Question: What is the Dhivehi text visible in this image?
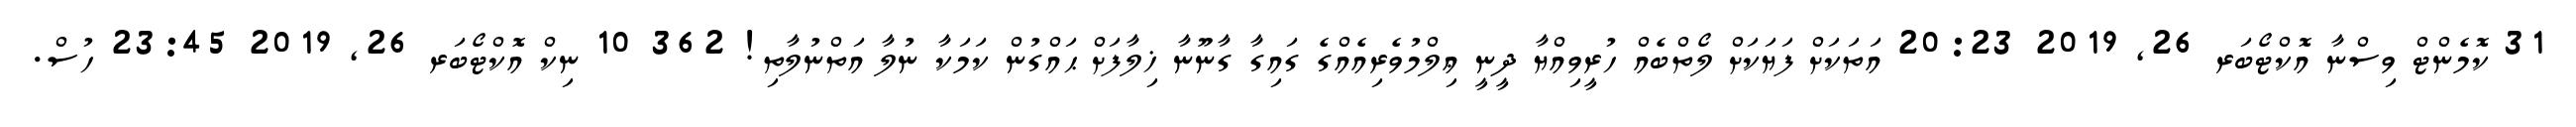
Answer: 31 ކޮމެންޓް ވިސްނާ އޮކްޓޯބަރ 26, 2019 20:23 އަތަކަށް ފަޔަކަށް ލޯތްބެއް ހުރީވިއްޔާ ދީނީ ޢިލްމުވެރިއެއްގެ ގައިގާ ގާނޫނާ ޚިލާފަށް ޙައްގުން ކަމަކާ ނުލާ އަތްނުލާތި! 362 10 ނިކް އޮކްޓޯބަރ 26, 2019 23:45 ހުސް.